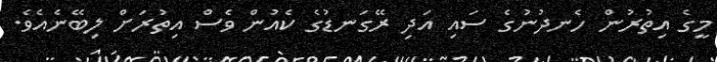
މީގެ އިތުރުން ހެނދުނުގެ ސައި އަދި ރޭގަނޑުގެ ކެއުން ވެސް އިތުރަށް ލިބޭނެއެވެ.